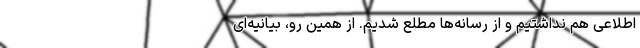
اطلاعی هم نداشتیم و از رسانه‌ها مطلع شدیم. از همین رو، بیانیه‌ای‌